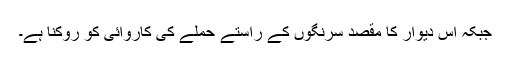
جبکہ اس دیوار کا مقصد سرنگوں کے راستے حملے کی کاروائی کو روکنا ہے۔